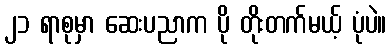
၂၁ ရာစုမှာ ဆေးပညာက ပို တိုးတက်မယ့် ပုံပဲ။